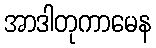
အာဒါတုကာမေန